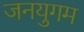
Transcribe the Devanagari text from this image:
जनयुगम